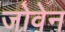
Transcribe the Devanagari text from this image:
जोवेन